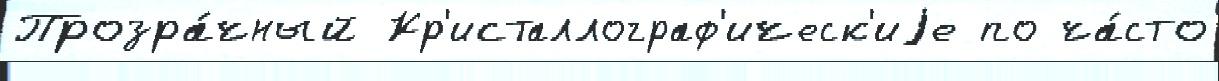
Прозра́чный Кр'исталлограф'ическ'иjе по ча́сто